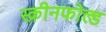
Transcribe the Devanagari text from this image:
स्क्रीनफोल्ड